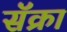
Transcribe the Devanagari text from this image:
सॅक्रा